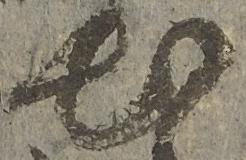
出